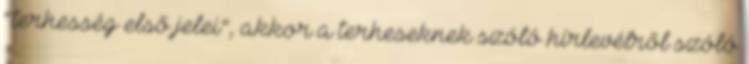
“terhesség első jelei”, akkor a terheseknek szóló hírlevélről szóló